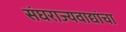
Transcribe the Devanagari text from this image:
संघराज्यवाद्यांचा